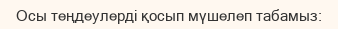
Осы теңдеулерді қосып мүшелеп табамыз: